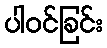
ပါဝင်ခြင်း